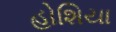
હોશિયા